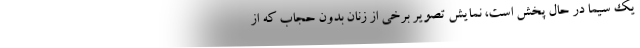
يک سيما در حال پخش است، نمايش تصوير برخي از زنان بدون حجاب که از